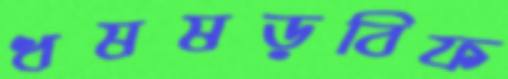
ধষষড়বিফ